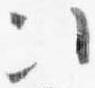
次